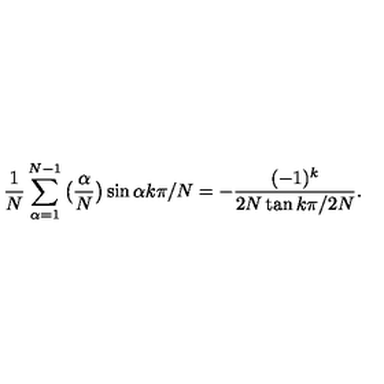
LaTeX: \frac { 1 } { N } \sum _ { \alpha = 1 } ^ { N - 1 } \big ( \frac { \alpha } { N } \big ) \sin \alpha k \pi / N = - \frac { ( - 1 ) ^ { k } } { 2 N \tan k \pi / 2 N } .